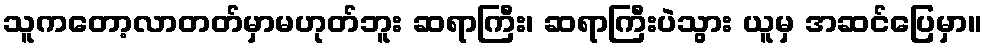
သူကတော့လာတတ်မှာမဟုတ်ဘူး ဆရာကြီး၊ ဆရာကြီးပဲသွား ယူမှ အဆင်ပြေမှာ။